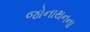
જોનાથનના